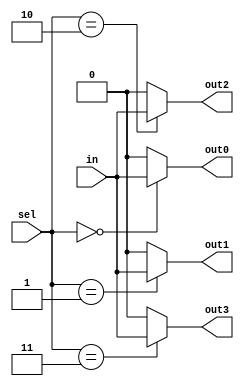
module demux2to4 (
    input [1:0] sel,
    input in,
    output reg out0,
    output reg out1,
    output reg out2,
    output reg out3
);

always @(*)
begin
    out0 = (sel == 2'b00) ? in : 1'b0;
    out1 = (sel == 2'b01) ? in : 1'b0;
    out2 = (sel == 2'b10) ? in : 1'b0;
    out3 = (sel == 2'b11) ? in : 1'b0;
end

endmodule